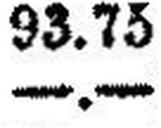
—.—